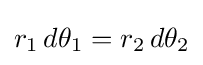
r_{1}\,d\theta _{1}=r_{2}\,d\theta _{2}